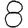
Digit: 8